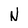
Character: N